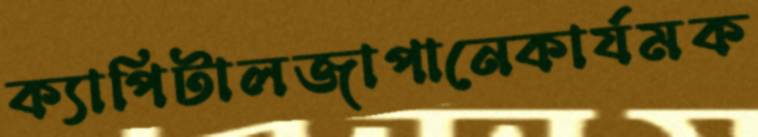
ক্যাপিটালজাপানেকার্যমক